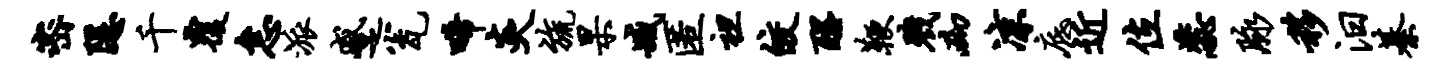
密隐千覆怠派蹙瓮唏炎旒杲臧匿袒皎醒鞭戮砌凉底近位蕊脉移汨綦